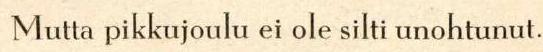
 Mutta pikkujoulu ei ole silti unohtanut.